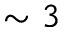
\sim 3